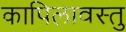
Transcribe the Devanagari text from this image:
कापिलावस्तु